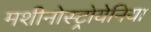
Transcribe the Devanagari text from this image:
मशीनोस्ट्रोयेनिया